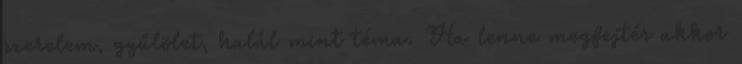
szerelem, gyűlölet, halál mint téma. Ha lenne megfejtés akkor